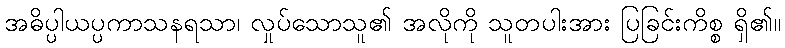
အဓိပ္ပါယပ္ပကာသနရသာ၊ လှုပ်သောသူ၏ အလိုကို သူတပါးအား ပြခြင်းကိစ္စ ရှိ၏။